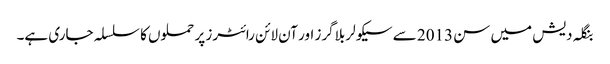
بنگلہ دیش میں سن 2013 سے سیکولر بلاگرز اور آن لائن رائٹرز پر حملوں کا سلسلہ جاری ہے۔